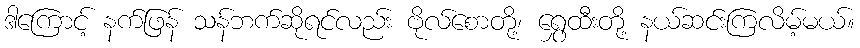
ဒါကြောင့် နက်ဖြန် သန်ဘက်ဆိုရင်လည်း ဗိုလ်စောတို့၊ ရွှေထီးတို့ နယ်ဆင်းကြလိမ့်မယ်။